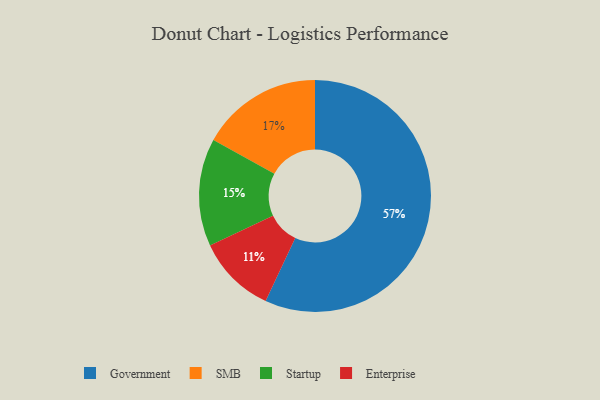
{"axis": {"x": "Category", "y": "Percentage"}, "legend": ["Enterprise", "Government", "SMB", "Startup"], "data": [{"x": "Startup", "y": 15, "type": "Startup"}, {"x": "Enterprise", "y": 11, "type": "Enterprise"}, {"x": "Government", "y": 57, "type": "Government"}, {"x": "SMB", "y": 17, "type": "SMB"}]}